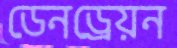
ডেনড্রেয়ন